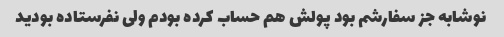
نوشابه جز سفارشم بود پولش هم حساب کرده بودم ولی نفرستاده بودید